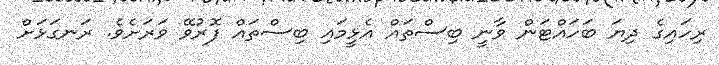
ރިހައިގެ ދިޔަ ބަހައްޓަން ވާނީ ބިސްތައް އެޅީމައި ބިސްތައް ފޮރުވޭ ވަރަށެވެ. ރަނގަޅަށް